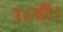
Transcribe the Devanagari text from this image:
१८वीं।